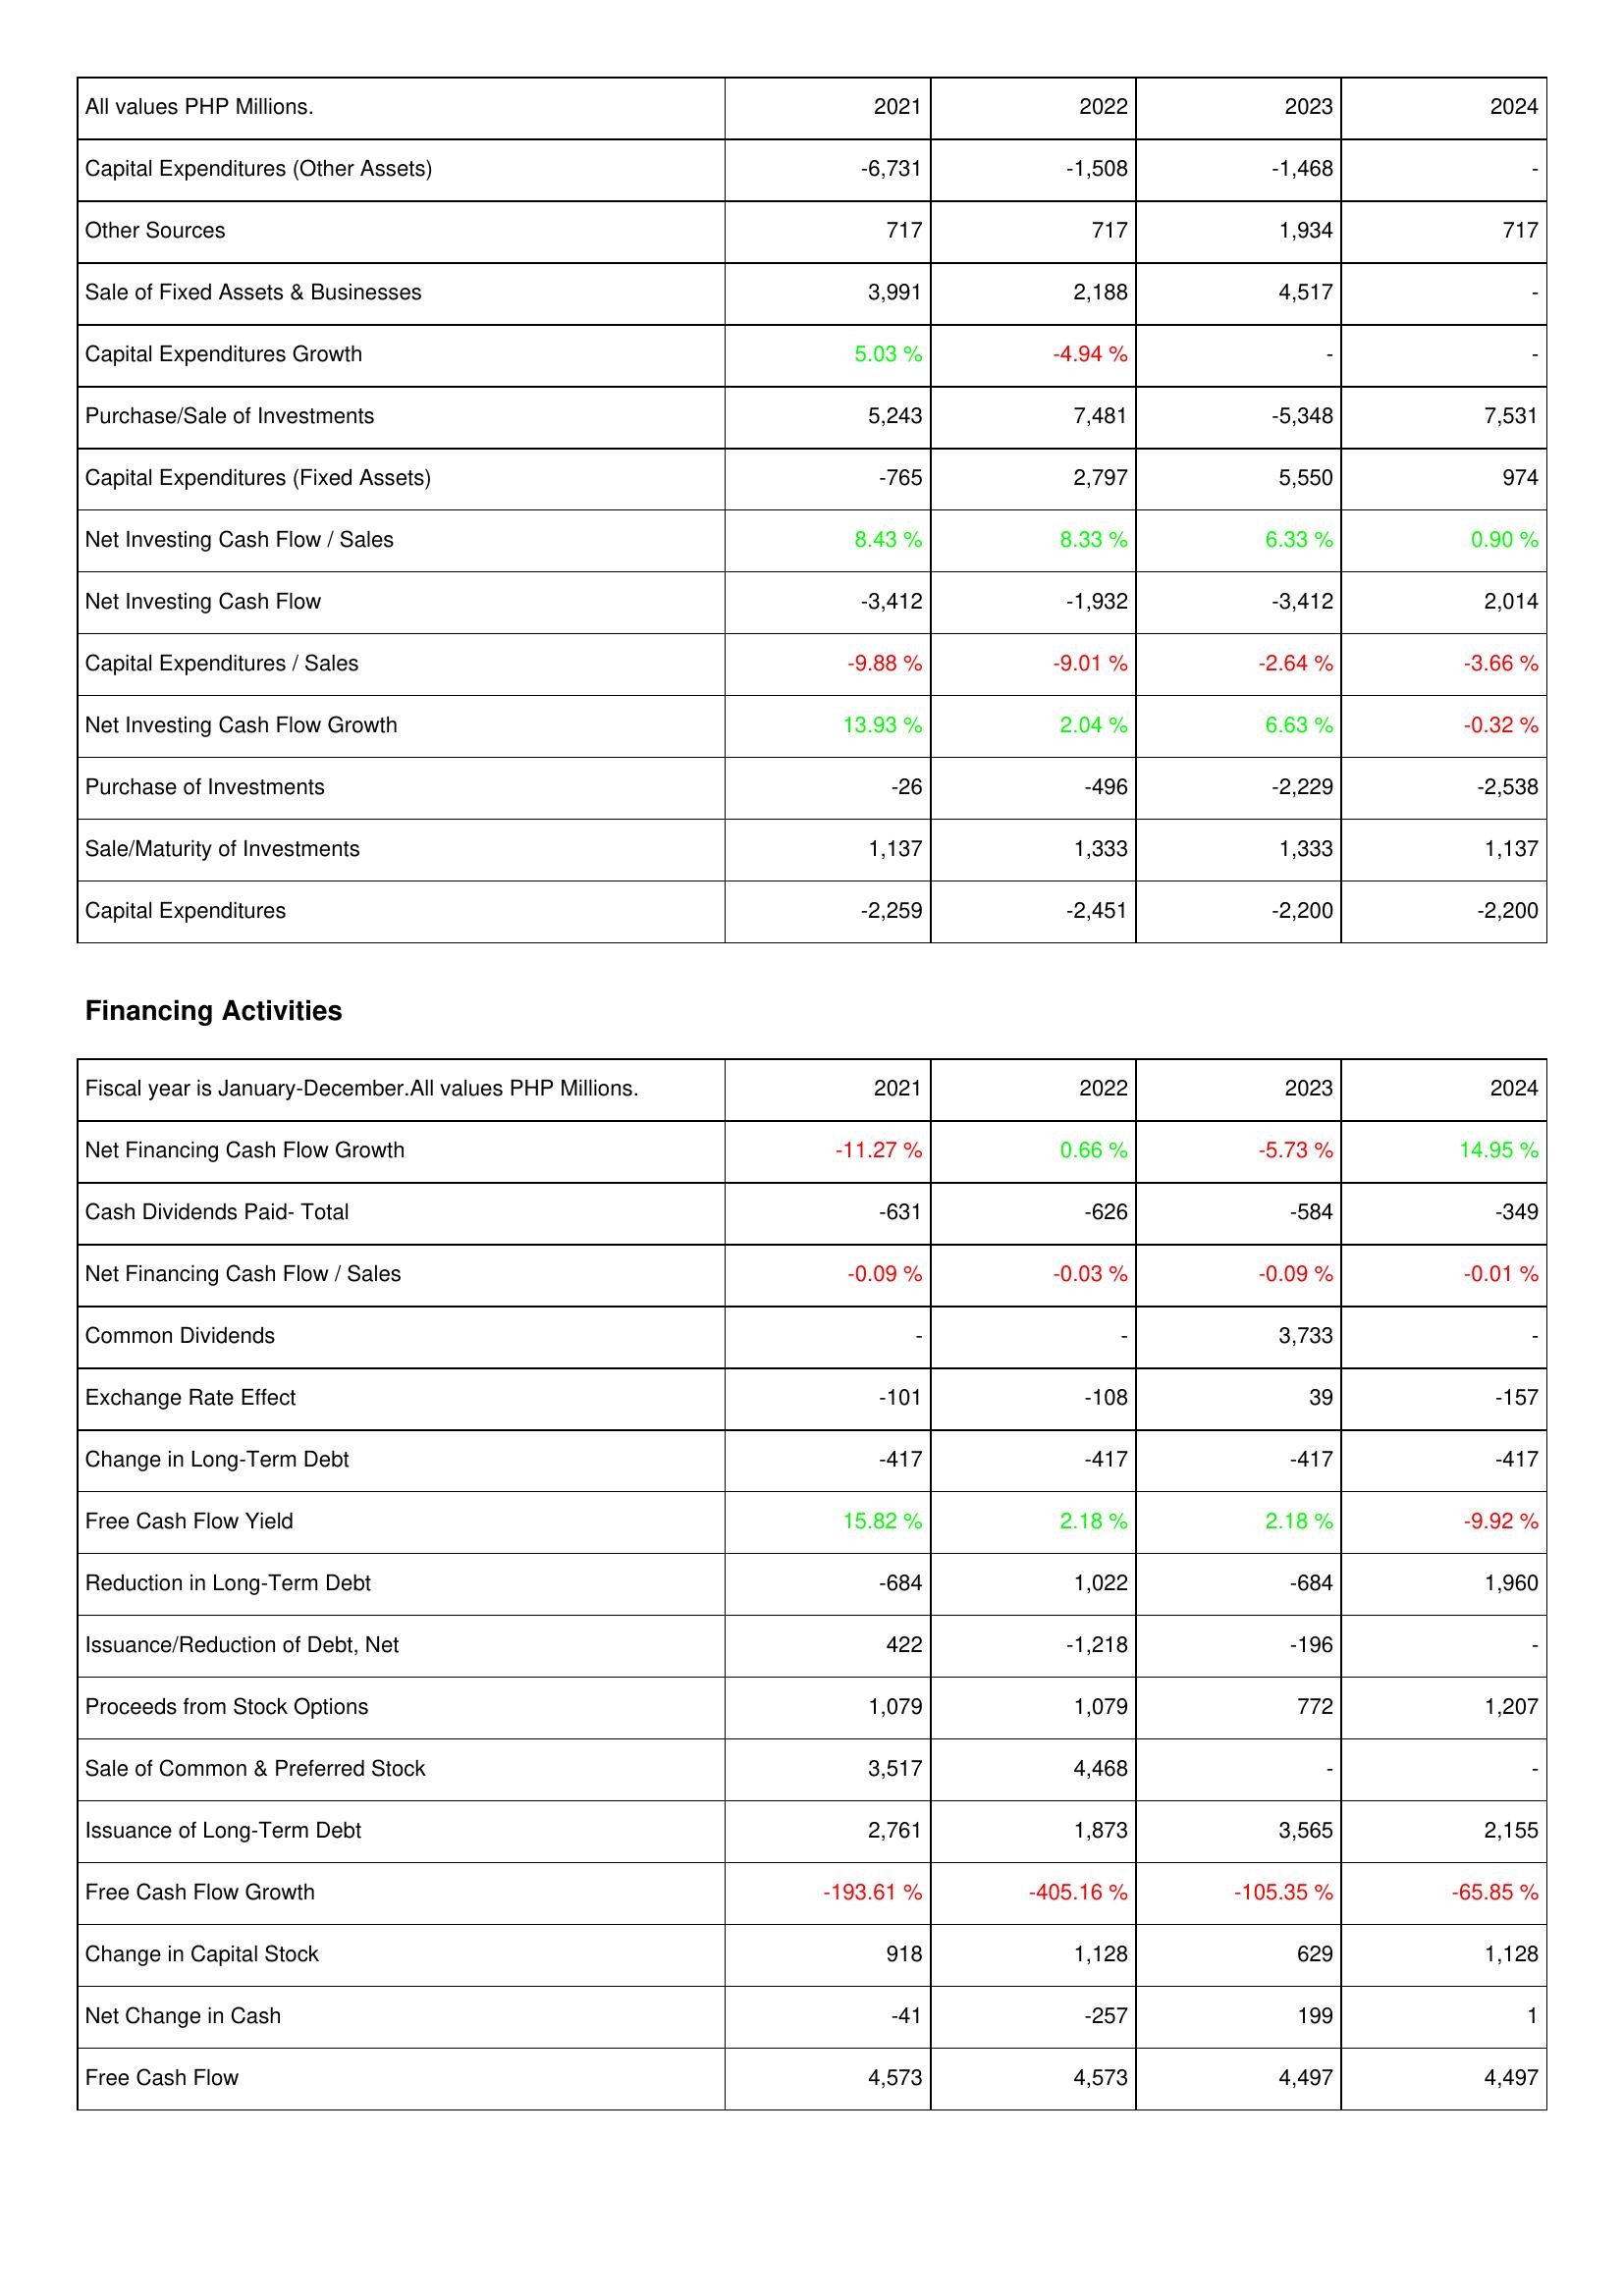
2021: Investing Activities: Capital Expenditures (Other Assets): -6,731
Other Sources: 717
Sale of Fixed Assets & Businesses: 3,991
Capital Expenditures Growth: 5.03 %
Purchase/Sale of Investments: 5,243
Capital Expenditures (Fixed Assets): -765
Net Investing Cash Flow / Sales: 8.43 %
Net Investing Cash Flow: -3,412
Capital Expenditures / Sales: -9.88 %
Net Investing Cash Flow Growth: 13.93 %
Purchase of Investments: -26
Sale/Maturity of Investments: 1,137
Capital Expenditures: -2,259
Financing Activities: Net Financing Cash Flow Growth: -11.27 %
Cash Dividends Paid- Total: -631
Net Financing Cash Flow / Sales: -0.09 %
Common Dividends: -
Exchange Rate Effect: -101
Change in Long-Term Debt: -417
Free Cash Flow Yield: 15.82 %
Reduction in Long-Term Debt: -684
Issuance/Reduction of Debt, Net: 422
Proceeds from Stock Options: 1,079
Sale of Common & Preferred Stock: 3,517
Issuance of Long-Term Debt: 2,761
Free Cash Flow Growth: -193.61 %
Change in Capital Stock: 918
Net Change in Cash: -41
Free Cash Flow: 4,573
2022: Investing Activities: Capital Expenditures (Other Assets): -1,508
Other Sources: 717
Sale of Fixed Assets & Businesses: 2,188
Capital Expenditures Growth: -4.94 %
Purchase/Sale of Investments: 7,481
Capital Expenditures (Fixed Assets): 2,797
Net Investing Cash Flow / Sales: 8.33 %
Net Investing Cash Flow: -1,932
Capital Expenditures / Sales: -9.01 %
Net Investing Cash Flow Growth: 2.04 %
Purchase of Investments: -496
Sale/Maturity of Investments: 1,333
Capital Expenditures: -2,451
Financing Activities: Net Financing Cash Flow Growth: 0.66 %
Cash Dividends Paid- Total: -626
Net Financing Cash Flow / Sales: -0.03 %
Common Dividends: -
Exchange Rate Effect: -108
Change in Long-Term Debt: -417
Free Cash Flow Yield: 2.18 %
Reduction in Long-Term Debt: 1,022
Issuance/Reduction of Debt, Net: -1,218
Proceeds from Stock Options: 1,079
Sale of Common & Preferred Stock: 4,468
Issuance of Long-Term Debt: 1,873
Free Cash Flow Growth: -405.16 %
Change in Capital Stock: 1,128
Net Change in Cash: -257
Free Cash Flow: 4,573
2023: Investing Activities: Capital Expenditures (Other Assets): -1,468
Other Sources: 1,934
Sale of Fixed Assets & Businesses: 4,517
Capital Expenditures Growth: -
Purchase/Sale of Investments: -5,348
Capital Expenditures (Fixed Assets): 5,550
Net Investing Cash Flow / Sales: 6.33 %
Net Investing Cash Flow: -3,412
Capital Expenditures / Sales: -2.64 %
Net Investing Cash Flow Growth: 6.63 %
Purchase of Investments: -2,229
Sale/Maturity of Investments: 1,333
Capital Expenditures: -2,200
Financing Activities: Net Financing Cash Flow Growth: -5.73 %
Cash Dividends Paid- Total: -584
Net Financing Cash Flow / Sales: -0.09 %
Common Dividends: 3,733
Exchange Rate Effect: 39
Change in Long-Term Debt: -417
Free Cash Flow Yield: 2.18 %
Reduction in Long-Term Debt: -684
Issuance/Reduction of Debt, Net: -196
Proceeds from Stock Options: 772
Sale of Common & Preferred Stock: -
Issuance of Long-Term Debt: 3,565
Free Cash Flow Growth: -105.35 %
Change in Capital Stock: 629
Net Change in Cash: 199
Free Cash Flow: 4,497
2024: Investing Activities: Capital Expenditures (Other Assets): -
Other Sources: 717
Sale of Fixed Assets & Businesses: -
Capital Expenditures Growth: -
Purchase/Sale of Investments: 7,531
Capital Expenditures (Fixed Assets): 974
Net Investing Cash Flow / Sales: 0.90 %
Net Investing Cash Flow: 2,014
Capital Expenditures / Sales: -3.66 %
Net Investing Cash Flow Growth: -0.32 %
Purchase of Investments: -2,538
Sale/Maturity of Investments: 1,137
Capital Expenditures: -2,200
Financing Activities: Net Financing Cash Flow Growth: 14.95 %
Cash Dividends Paid- Total: -349
Net Financing Cash Flow / Sales: -0.01 %
Common Dividends: -
Exchange Rate Effect: -157
Change in Long-Term Debt: -417
Free Cash Flow Yield: -9.92 %
Reduction in Long-Term Debt: 1,960
Issuance/Reduction of Debt, Net: -
Proceeds from Stock Options: 1,207
Sale of Common & Preferred Stock: -
Issuance of Long-Term Debt: 2,155
Free Cash Flow Growth: -65.85 %
Change in Capital Stock: 1,128
Net Change in Cash: 1
Free Cash Flow: 4,497